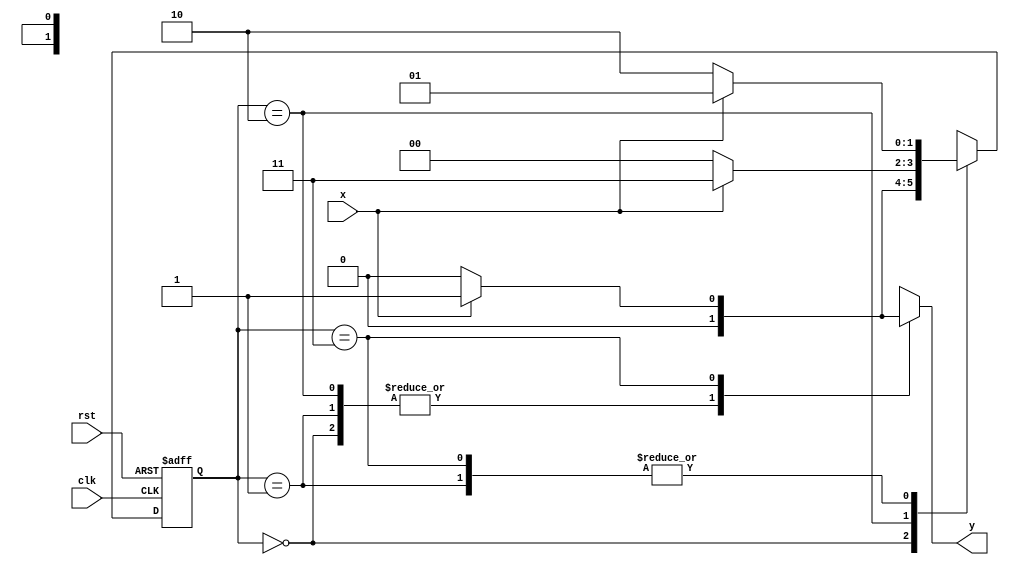
module mealy1011(
input clk,rst,x,
output reg y);

parameter s0=2'b00,s1=2'b01,s2=2'b10,s3=2'b11;
reg [1:0] cs,ns;

always @(posedge clk or negedge rst)
begin
if (rst==1'b0)  cs<=s0;
else            cs<=ns;
end

always @(x or cs)
begin
case(cs)
s0:begin
   if(x==1)  ns<=s1;
   else      ns<=s0;
   end
s1:begin
   if(x==0)  ns<=s2;
   else      ns<=s1;
   end
s2:begin
   if(x==1)  ns<=s3;
   else      ns<=s0;
   end
s3:begin
   if(x==1)  ns<=s1;
   else      ns<=s2;
   end
endcase
end

always @(x or cs)
begin
case(cs)
s0:y=0;
s1:y=0;
s2:y=0;
s3:if(x==0)  y=0;
   else      y=1;
endcase
end

endmodule